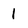
Character: 1